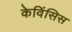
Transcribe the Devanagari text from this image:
केविंसिस